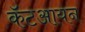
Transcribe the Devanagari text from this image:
कॅटआयन